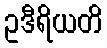
ဥဒီရိယတိ